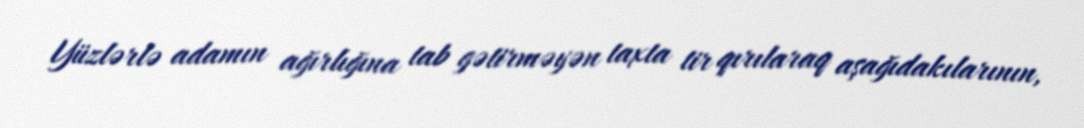
Yüzlərlə adamın ağırlığına tab gətirməyən taxta tir qırılaraq aşağıdakılarının,